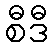
စီဒီ